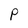
Character: P